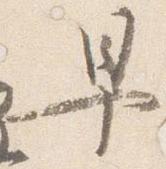
早